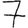
Digit: 7